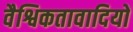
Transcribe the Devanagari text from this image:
वैश्विकतावादियों